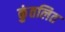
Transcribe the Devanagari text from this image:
कुंतलित